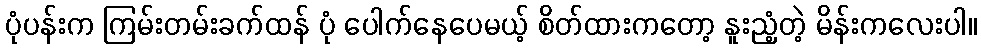
ပုံပန်းက ကြမ်းတမ်းခက်ထန် ပုံ ပေါက်နေပေမယ့် စိတ်ထားကတော့ နူးညံ့တဲ့ မိန်းကလေးပါ။